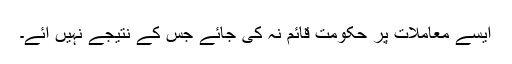
ایسے معاملات پر حکومت قائم نہ کی جائے جس کے نتیجے نہیں آئے۔